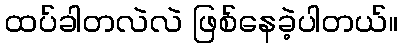
ထပ်ခါတလဲလဲ ဖြစ်နေခဲ့ပါတယ်။